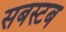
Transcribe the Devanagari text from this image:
सबस्टब